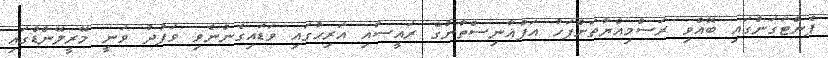
ޕެންޓަގަންގައި ބޭއްވި ރަސްމިއްޔާތަށްފަހު އަފްޣާނިސްތާނުގެ ރައީސާއި އަރިހުގައި ވަޑައިގެންނެވި ވަފުދު ވަނީ މޭރީލޭންޑްގައި